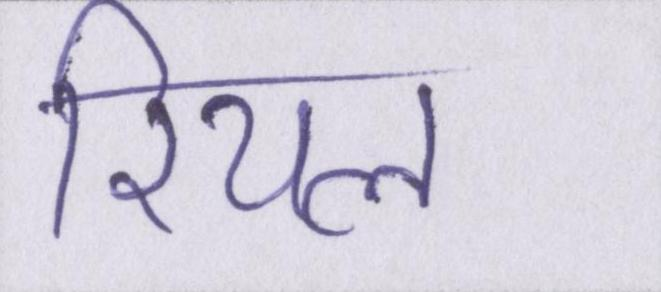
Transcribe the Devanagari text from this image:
रियल